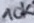
Text: 10K